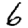
Digit: 6